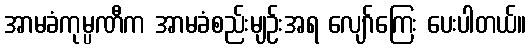
အာမခံကုမ္ပဏီက အာမခံစည်းမျဉ်းအရ လျော်ကြေး ပေးပါတယ်။